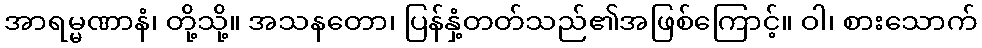
အာရမ္မဏာနံ၊ တို့သို့။ အသနတော၊ ပြန်နှံ့တတ်သည်၏အဖြစ်ကြောင့်။ ဝါ၊ စားသောက်